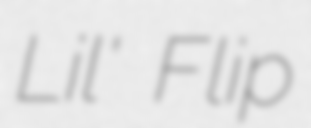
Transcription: Lil' Flip